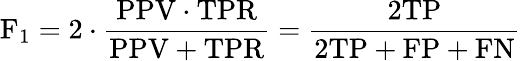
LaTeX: \mathrm{F}_{1}=2\cdot{\frac{\mathrm{PPV}\cdot\mathrm{TPR}}{\mathrm{PPV}+\mathrm{TPR}}}={\frac{2\mathrm{TP}}{2\mathrm{TP}+\mathrm{FP}+\mathrm{FN}}}